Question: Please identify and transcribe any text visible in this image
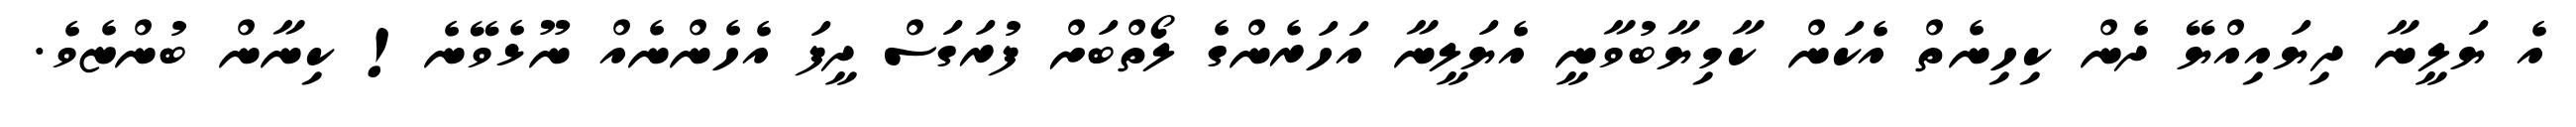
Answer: އެ ޔަލީނާ ދިޔައިއްޔޭ ދެން ކިހިނެތް އެކަން ކާމިޔާބުވާނީ އެޔަލީނާ އަހަރެންގެ ލޯތްބަށް ފުރަގަސް ދީފަ އެހެންނެއް ނޫޅެވޭނެ! ކިނާން ބުންޏެވެ.